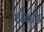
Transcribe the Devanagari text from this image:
शेबांग